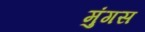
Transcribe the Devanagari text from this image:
मुंगस